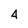
Character: 4